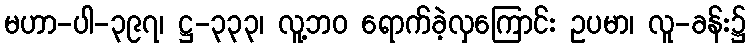
မဟာ-ပါ-၃၉၇၊ ဋ္ဌ-၃၃၃၊ လူ့ဘဝ ရောက်ခဲ့လှကြောင်း ဥပမာ၊ လူ-ခန်း၌